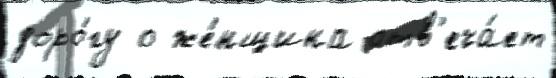
доро́гу о же́нщина отв'еча́ет